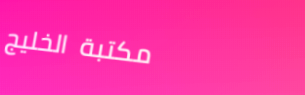
مكتبة الخليج